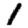
Digit: 1